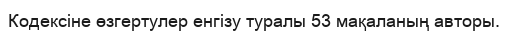
Кодексіне өзгертулер енгізу туралы 53 мақаланың авторы.